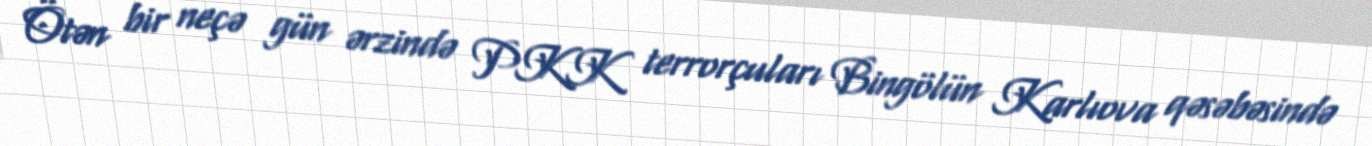
Ötən bir neçə gün ərzində PKK terrorçuları Bingölün Karlıova qəsəbəsində